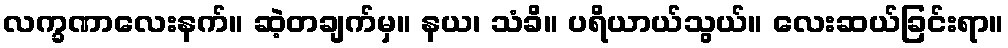
လက္ခဏာလေးနက်။ ဆဲ့တချက်မှ။ နယ၊ သံခိ။ ပရိယာယ်သွယ်။ လေးဆယ်ခြင်းရာ။